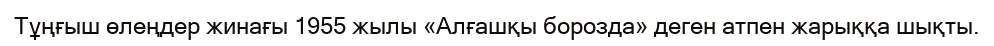
Тұңғыш өлеңдер жинағы 1955 жылы «Алғашқы борозда» деген атпен жарыққа шықты.